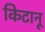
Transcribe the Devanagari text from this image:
किटानू